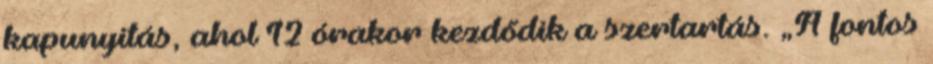
kapunyitás, ahol 12 órakor kezdődik a szertartás. „A fontos